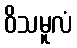
ဝိသမူလံ